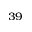
^ { 3 9 }